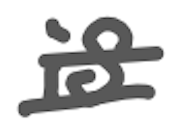
Text: is
Cross-out: double-line
Writing tool: digital_gray